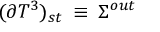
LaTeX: ( \partial T ^ { 3 } ) _ { s t } \: \equiv \: \Sigma ^ { o u t }